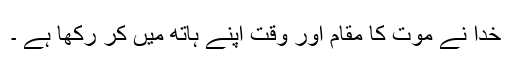
خدا نے موت کا مقام اور وقت اپنے ہاتھ میں کر رکھا ہے ۔